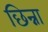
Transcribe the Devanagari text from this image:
छिन्ना